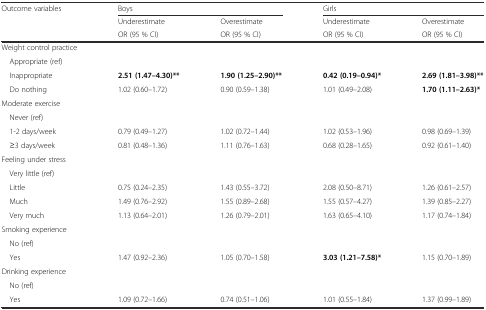
<table><thead><tr><td rowspan="3"><b>Outcome variables</b></td><td colspan="2"><b>Boys</b></td><td colspan="2"><b>Girls</b></td></tr><tr><td><b>Underestimate</b></td><td><b>Overestimate</b></td><td><b>Underestimate</b></td><td><b>Overestimate</b></td></tr><tr><td><b>OR (95 % CI)</b></td><td><b>OR (95 % CI)</b></td><td><b>OR (95 % CI)</b></td><td><b>OR (95 % CI)</b></td></tr></thead><tbody><tr><td>Weight control practice</td><td></td><td></td><td></td><td></td></tr><tr><td> Appropriate (ref)</td><td></td><td></td><td></td><td></td></tr><tr><td> Inappropriate</td><td><b>2.51 (1.47–4.30)**</b></td><td><b>1.90 (1.25–2.90)**</b></td><td><b>0.42 (0.19–0.94)*</b></td><td><b>2.69 (1.81–3.98)**</b></td></tr><tr><td> Do nothing</td><td>1.02 (0.60–1.72)</td><td>0.90 (0.59–1.38)</td><td>1.01 (0.49–2.08)</td><td><b>1.70 (1.11–2.63)*</b></td></tr><tr><td>Moderate exercise</td><td></td><td></td><td></td><td></td></tr><tr><td> Never (ref)</td><td></td><td></td><td></td><td></td></tr><tr><td> 1-2 days/week</td><td>0.79 (0.49–1.27)</td><td>1.02 (0.72–1.44)</td><td>1.02 (0.53–1.96)</td><td>0.98 (0.69–1.39)</td></tr><tr><td> ≥3 days/week</td><td>0.81 (0.48–1.36)</td><td>1.11 (0.76–1.63)</td><td>0.68 (0.28–1.65)</td><td>0.92 (0.61–1.40)</td></tr><tr><td>Feeling under stress</td><td></td><td></td><td></td><td></td></tr><tr><td> Very little (ref)</td><td></td><td></td><td></td><td></td></tr><tr><td> Little</td><td>0.75 (0.24–2.35)</td><td>1.43 (0.55–3.72)</td><td>2.08 (0.50–8.71)</td><td>1.26 (0.61–2.57)</td></tr><tr><td> Much</td><td>1.49 (0.76–2.92)</td><td>1.55 (0.89–2.68)</td><td>1.55 (0.57–4.27)</td><td>1.39 (0.85–2.27)</td></tr><tr><td> Very much</td><td>1.13 (0.64–2.01)</td><td>1.26 (0.79–2.01)</td><td>1.63 (0.65–4.10)</td><td>1.17 (0.74–1.84)</td></tr><tr><td>Smoking experience</td><td></td><td></td><td></td><td></td></tr><tr><td> No (ref)</td><td></td><td></td><td></td><td></td></tr><tr><td> Yes</td><td>1.47 (0.92–2.36)</td><td>1.05 (0.70–1.58)</td><td><b>3.03 (1.21–7.58)*</b></td><td>1.15 (0.70–1.89)</td></tr><tr><td>Drinking experience</td><td></td><td></td><td></td><td></td></tr><tr><td> No (ref)</td><td></td><td></td><td></td><td></td></tr><tr><td> Yes</td><td>1.09 (0.72–1.66)</td><td>0.74 (0.51–1.06)</td><td>1.01 (0.55–1.84)</td><td>1.37 (0.99–1.89)</td></tr></tbody></table>